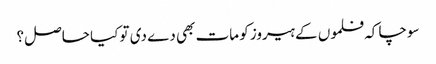
سوچا کہ فلموں کے ہیروز کو مات بھی دے دی تو کیا حاصل؟